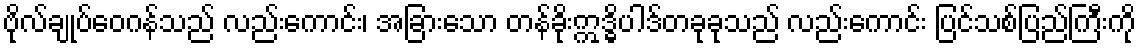
ဗိုလ်ချုပ်ဝေဂန်သည် လည်းကောင်း၊ အခြားသော တန်ခိုးဣဒ္ဓိပါဒ်တခုခုသည် လည်းကောင်း ပြင်သစ်ပြည်ကြီးကို